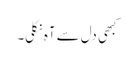
کبھی دل سے آہ نکلی۔